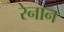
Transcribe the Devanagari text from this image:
रेनान